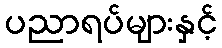
ပညာရပ်များနှင့်